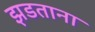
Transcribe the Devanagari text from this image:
झडताना